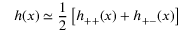
h ( x ) \simeq \frac { 1 } { 2 } \left[ h _ { + + } ( x ) + h _ { + - } ( x ) \right]